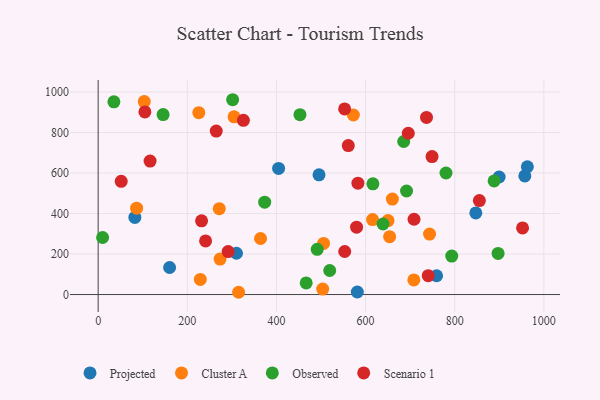
{"axis": {"x": "Experience", "y": "Fuel Efficiency"}, "legend": ["Cluster A", "Observed", "Projected", "Scenario 1"], "data": [{"x": "957.3", "y": 585.6, "type": "Projected"}, {"x": "847.3", "y": 402.7, "type": "Projected"}, {"x": "404.8", "y": 622.4, "type": "Projected"}, {"x": "82.3", "y": 380.6, "type": "Projected"}, {"x": "310.3", "y": 203.8, "type": "Projected"}, {"x": "160.3", "y": 133.6, "type": "Projected"}, {"x": "495.5", "y": 590.9, "type": "Projected"}, {"x": "963.0", "y": 630.8, "type": "Projected"}, {"x": "759.3", "y": 92.7, "type": "Projected"}, {"x": "581.4", "y": 12.5, "type": "Projected"}, {"x": "899.7", "y": 580.4, "type": "Projected"}, {"x": "743.5", "y": 298.7, "type": "Cluster A"}, {"x": "615.7", "y": 370.3, "type": "Cluster A"}, {"x": "650.3", "y": 365.2, "type": "Cluster A"}, {"x": "503.7", "y": 26.8, "type": "Cluster A"}, {"x": "273.5", "y": 175.0, "type": "Cluster A"}, {"x": "505.7", "y": 252.2, "type": "Cluster A"}, {"x": "315.1", "y": 11.2, "type": "Cluster A"}, {"x": "103.4", "y": 952.6, "type": "Cluster A"}, {"x": "304.9", "y": 877.2, "type": "Cluster A"}, {"x": "572.6", "y": 886.3, "type": "Cluster A"}, {"x": "271.7", "y": 423.7, "type": "Cluster A"}, {"x": "708.2", "y": 72.3, "type": "Cluster A"}, {"x": "364.3", "y": 276.6, "type": "Cluster A"}, {"x": "653.9", "y": 285.5, "type": "Cluster A"}, {"x": "225.8", "y": 898.1, "type": "Cluster A"}, {"x": "660.1", "y": 471.1, "type": "Cluster A"}, {"x": "86.3", "y": 426.4, "type": "Cluster A"}, {"x": "229.2", "y": 74.7, "type": "Cluster A"}, {"x": "519.5", "y": 118.7, "type": "Observed"}, {"x": "616.4", "y": 546.8, "type": "Observed"}, {"x": "780.4", "y": 600.0, "type": "Observed"}, {"x": "452.8", "y": 887.8, "type": "Observed"}, {"x": "373.6", "y": 455.8, "type": "Observed"}, {"x": "691.9", "y": 511.3, "type": "Observed"}, {"x": "10.0", "y": 281.6, "type": "Observed"}, {"x": "897.3", "y": 203.1, "type": "Observed"}, {"x": "793.3", "y": 189.9, "type": "Observed"}, {"x": "145.7", "y": 888.4, "type": "Observed"}, {"x": "888.4", "y": 560.7, "type": "Observed"}, {"x": "639.1", "y": 348.2, "type": "Observed"}, {"x": "685.5", "y": 755.5, "type": "Observed"}, {"x": "466.7", "y": 57.6, "type": "Observed"}, {"x": "301.7", "y": 961.8, "type": "Observed"}, {"x": "35.3", "y": 951.2, "type": "Observed"}, {"x": "491.5", "y": 223.0, "type": "Observed"}, {"x": "952.2", "y": 329.1, "type": "Scenario 1"}, {"x": "232.0", "y": 363.8, "type": "Scenario 1"}, {"x": "51.7", "y": 559.0, "type": "Scenario 1"}, {"x": "561.2", "y": 735.4, "type": "Scenario 1"}, {"x": "695.8", "y": 796.2, "type": "Scenario 1"}, {"x": "708.7", "y": 371.6, "type": "Scenario 1"}, {"x": "736.7", "y": 874.5, "type": "Scenario 1"}, {"x": "104.8", "y": 901.8, "type": "Scenario 1"}, {"x": "855.3", "y": 463.9, "type": "Scenario 1"}, {"x": "749.1", "y": 681.0, "type": "Scenario 1"}, {"x": "740.6", "y": 93.1, "type": "Scenario 1"}, {"x": "553.0", "y": 916.6, "type": "Scenario 1"}, {"x": "582.8", "y": 550.0, "type": "Scenario 1"}, {"x": "241.0", "y": 264.6, "type": "Scenario 1"}, {"x": "116.5", "y": 658.9, "type": "Scenario 1"}, {"x": "553.2", "y": 212.4, "type": "Scenario 1"}, {"x": "325.8", "y": 860.2, "type": "Scenario 1"}, {"x": "291.6", "y": 211.9, "type": "Scenario 1"}, {"x": "579.8", "y": 332.5, "type": "Scenario 1"}, {"x": "264.9", "y": 807.2, "type": "Scenario 1"}]}